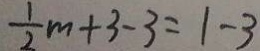
\frac { 1 } { 2 } m + 3 - 3 = 1 - 3